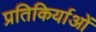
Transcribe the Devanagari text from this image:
प्रतिकिर्याओं